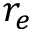
r _ { e }